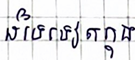
ដទៃទៀតក្នុង